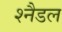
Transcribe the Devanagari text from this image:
श्नैडल